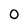
Character: O